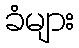
ခံများ